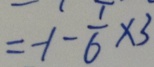
= - 1 - \frac { 1 } { 6 } \times 3